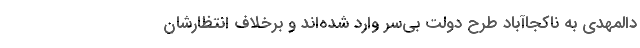
د‌المهدی به ناکجا‌آباد طرح دولت بی‌سر وارد شده‌اند و برخلاف انتظار‌شان